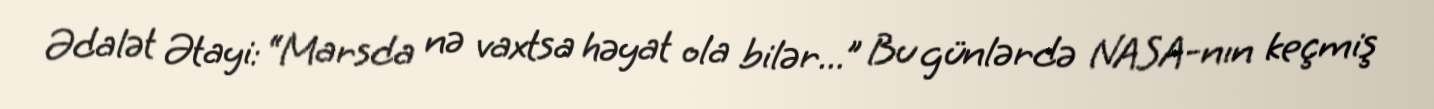
Ədalət Ətayi: “Marsda nə vaxtsa həyat ola bilər...” Bu günlərdə NASA-nın keçmiş